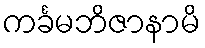
ကင်္ခမဘိဇာနာမိ